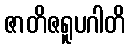
ဇာတိဇရူပဂါတိ